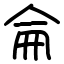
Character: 侖